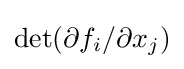
\det(\partial f_{i}/\partial x_{j})